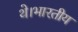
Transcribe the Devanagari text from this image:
थे।भारतीय